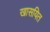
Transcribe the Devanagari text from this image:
खासयित